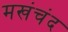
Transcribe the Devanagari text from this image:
मखंचंद